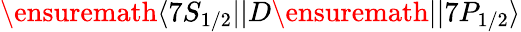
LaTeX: \ensuremath{\langle 7S_{1/2}||}D\ensuremath{||7P_{1/2}\rangle}